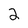
Character: 2